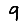
Digit: 9